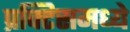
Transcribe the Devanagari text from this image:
प्रक्टिसमध्ये